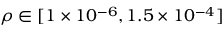
\rho \in [ 1 \times 1 0 ^ { - 6 } , 1 . 5 \times 1 0 ^ { - 4 } ]